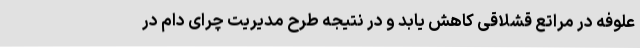
علوفه در مراتع قشلاقی کاهش یابد و در نتیجه طرح مدیریت چرای دام در